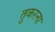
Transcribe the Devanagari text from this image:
तुकरना